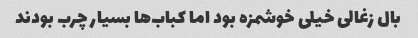
بال زغالی خیلی خوشمزه بود اما کباب‌ها بسیار چرب بودند